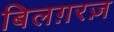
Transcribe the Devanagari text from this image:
बिलग़रज़